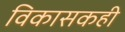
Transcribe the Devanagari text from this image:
विकासकही